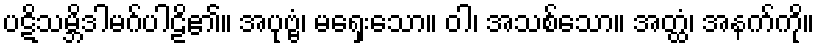
ပဋိသမ္ဘိဒါမဂ်ပါဠိ၏။ အပုဗ္ဗံ၊ မရှေးသော။ ဝါ၊ အသစ်သော။ အတ္ထံ၊ အနက်ကို။